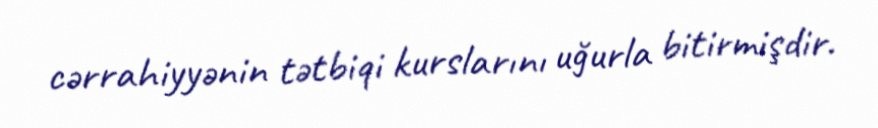
cərrahiyyənin tətbiqi kurslarını uğurla bitirmişdir.